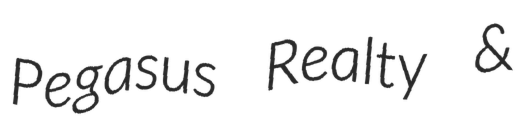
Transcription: Pegasus Realty &